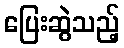
ပြေးဆွဲသည့်